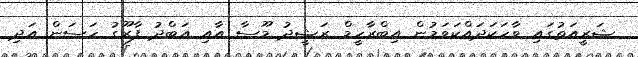
ޝަރީއަތުގައި ވާހަކަދައްކަވަމުން އިބްރާހީމް ރަޝީދު މޫސާ އާއި އަބްދު ފާރޫގު ހަސަން އަދި